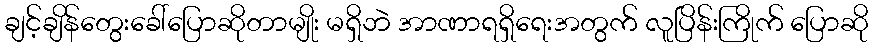
ချင့်ချိန်တွေးခေါ်ပြောဆိုတာမျိုး မရှိဘဲ အာဏာရရှိရေးအတွက် လူပြိန်းကြိုက် ပြောဆို